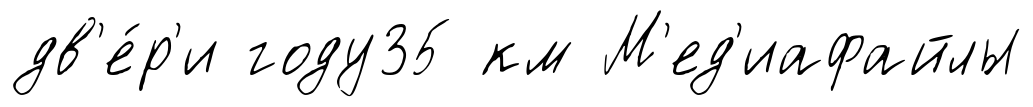
дв'е́р'и году35 км М'ед'иафайлы